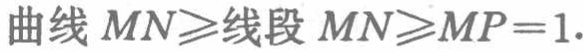
曲线 \(MN\geqslant\)线段 \(MN\geqslant MP = 1\)